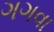
ગગવા